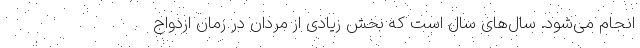
انجام می‌شود. سال‌های سال است که بخش زیادی از مردان در زمان ازدواج